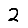
Digit: 2